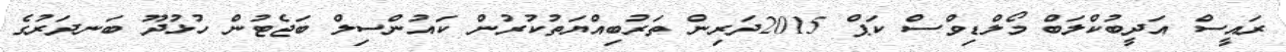
ރައީސް އަދީބުކްލަބް މޯލްޑިވްސް ކަޕް 2015ދަރިން ތަރުބިއްޔަތުކުރުން ކައުންސިލް ބަޖެޓުން ހުޅުދޫ ބަނދަރުގެ